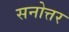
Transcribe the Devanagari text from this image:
सनोत्तर